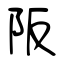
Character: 阪